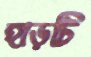
হাড়টি